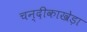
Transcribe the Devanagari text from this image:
चन्दीकाखेड़ा